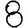
Digit: 8